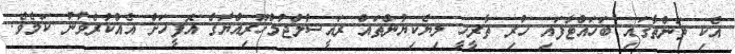
އެކި ތަންތާގައި ބަހައްޓާފައި ހުރި ތާރީހީ ލިޔެކިޔުންތައް ރައީސުލްޖުމްހޫރިއްޔާގެ އޮފީހަށް އެއްކުރެވުނު ކަމެވެ.